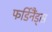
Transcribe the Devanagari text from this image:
फर्डिनैंड्स